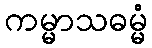
ကမ္မာသဓမ္မံ